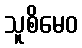
သူစိမေဝ